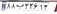
۸۸ب۲۳۶۱۳